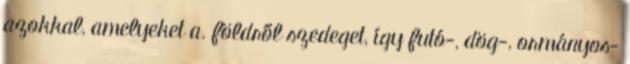
azokkal, amelyeket a. földről szedeget, így futó-, dög-, ormányos-